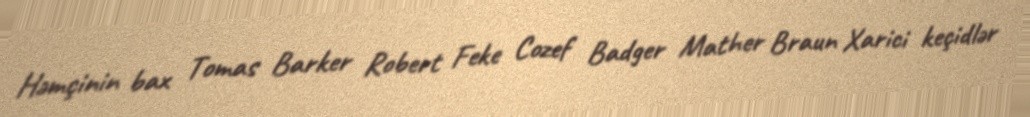
Həmçinin bax Tomas Barker Robert Feke Cozef Badger Mather Braun Xarici keçidlər